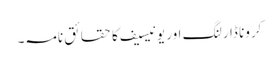
کرونا ڈارلنگ اور یونیسیف کا حقائق نامہ۔